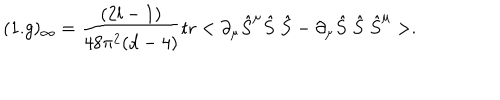
( 1 . g ) _ { \infty } = \frac { ( 2 l - 1 ) } { 4 8 \pi ^ { 2 } ( d - 4 ) } \mathrm { t r } < \partial _ { \mu } \hat { S } ^ { \mu } \hat { S } \ \hat { S } - \partial _ { \mu } \hat { S } \ \hat { S } \ \hat { S } ^ { \mu } > .